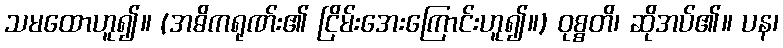
သမထောဟူ၍။ (အဓိကရုဏ်း၏ ငြိမ်းအေးကြောင်းဟူ၍။) ဝုစ္စတိ၊ ဆိုအပ်၏။ ပန၊